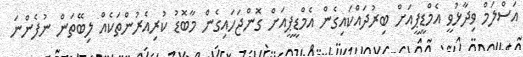
އަސްލަމް ވިދާޅުވީ އެމްޑީޕީއަށް ބިރުދައްކައިގެން އެމްޑީޕީއަށް ގޮންޖަހައިގެން މާބޮޑު ކުރިއެރުންތަކެއް ލިބޭތަން ނުފެންނަ